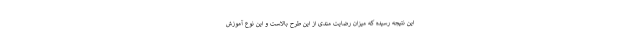
این نتیجه رسیده که میزان رضایت مندی از این طرح بالاست و این نوع آموزش